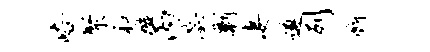
峪聚和璇丙蕊剿凄遵列断